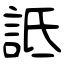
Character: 詆